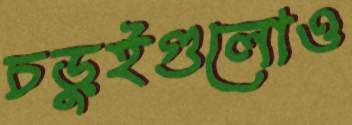
চড়ুইগুলোও